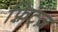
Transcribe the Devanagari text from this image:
फ़्रिट्ज़